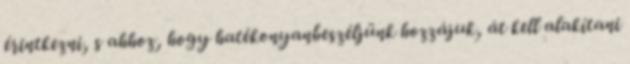
érintkezni, s ahhoz, hogy hatékonyanbeszéljünk hozzájuk, át kell alakítani